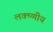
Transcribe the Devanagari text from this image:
लक्ष्णीय